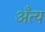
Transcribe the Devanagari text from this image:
अँत्य